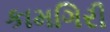
કામગિરી